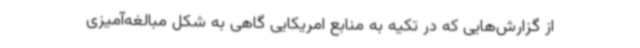
از گزارش‌هایی که در تکیه به منابع امریکایی گاهی به شکل مبالغه‌آمیزی